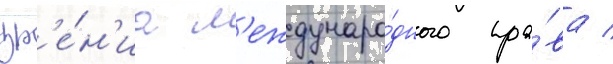
зр'е́н'иа м'еждунаро́дного пра́ва /